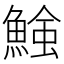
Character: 𩹑